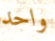
واحد